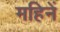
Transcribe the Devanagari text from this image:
महिनें